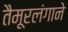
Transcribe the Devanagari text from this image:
तैमूरलंगाने